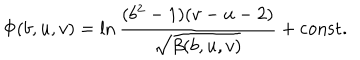
LaTeX: \Phi ( b , u , v ) = \ln \frac { ( b ^ { 2 } - 1 ) ( v - u - 2 ) } { \sqrt { \beta ( b , u , v ) } } + \mathrm { c o n s t . }